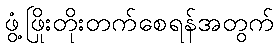
ဖွံ့ဖြိုးတိုးတက်စေရန်အတွက်